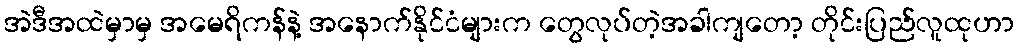
အဲဒီအထဲမှာမှ အမေရိကန်နဲ့ အနောက်နိုင်ငံများက တွေလုပ်တဲ့အခါကျတော့ တိုင်းပြည်လူထုဟာ